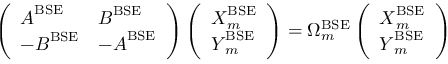
\left( \begin{array} { l l } { \boldsymbol { A } ^ { \mathrm { B S E } } } & { \boldsymbol { B } ^ { \mathrm { B S E } } } \\ { - \boldsymbol { B } ^ { \mathrm { B S E } } } & { - \boldsymbol { A } ^ { \mathrm { B S E } } } \end{array} \right) \left( \begin{array} { l } { \boldsymbol { X } _ { m } ^ { \mathrm { B S E } } } \\ { \boldsymbol { Y } _ { m } ^ { \mathrm { B S E } } } \end{array} \right) = \Omega _ { m } ^ { \mathrm { B S E } } \left( \begin{array} { l } { \boldsymbol { X } _ { m } ^ { \mathrm { B S E } } } \\ { \boldsymbol { Y } _ { m } ^ { \mathrm { B S E } } } \end{array} \right)